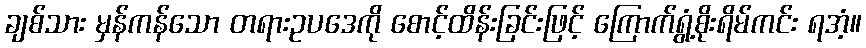
ချစ်သား မှန်ကန်သော တရားဥပဒေကို စောင့်ထိန်းခြင်းဖြင့် ကြောက်ရွံ့စိုးရိမ်ကင်း ရအံ့။